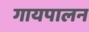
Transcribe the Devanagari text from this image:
गायपालन